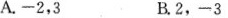
A.-2，3B.2，-3